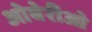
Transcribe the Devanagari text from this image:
ओबेरीओ